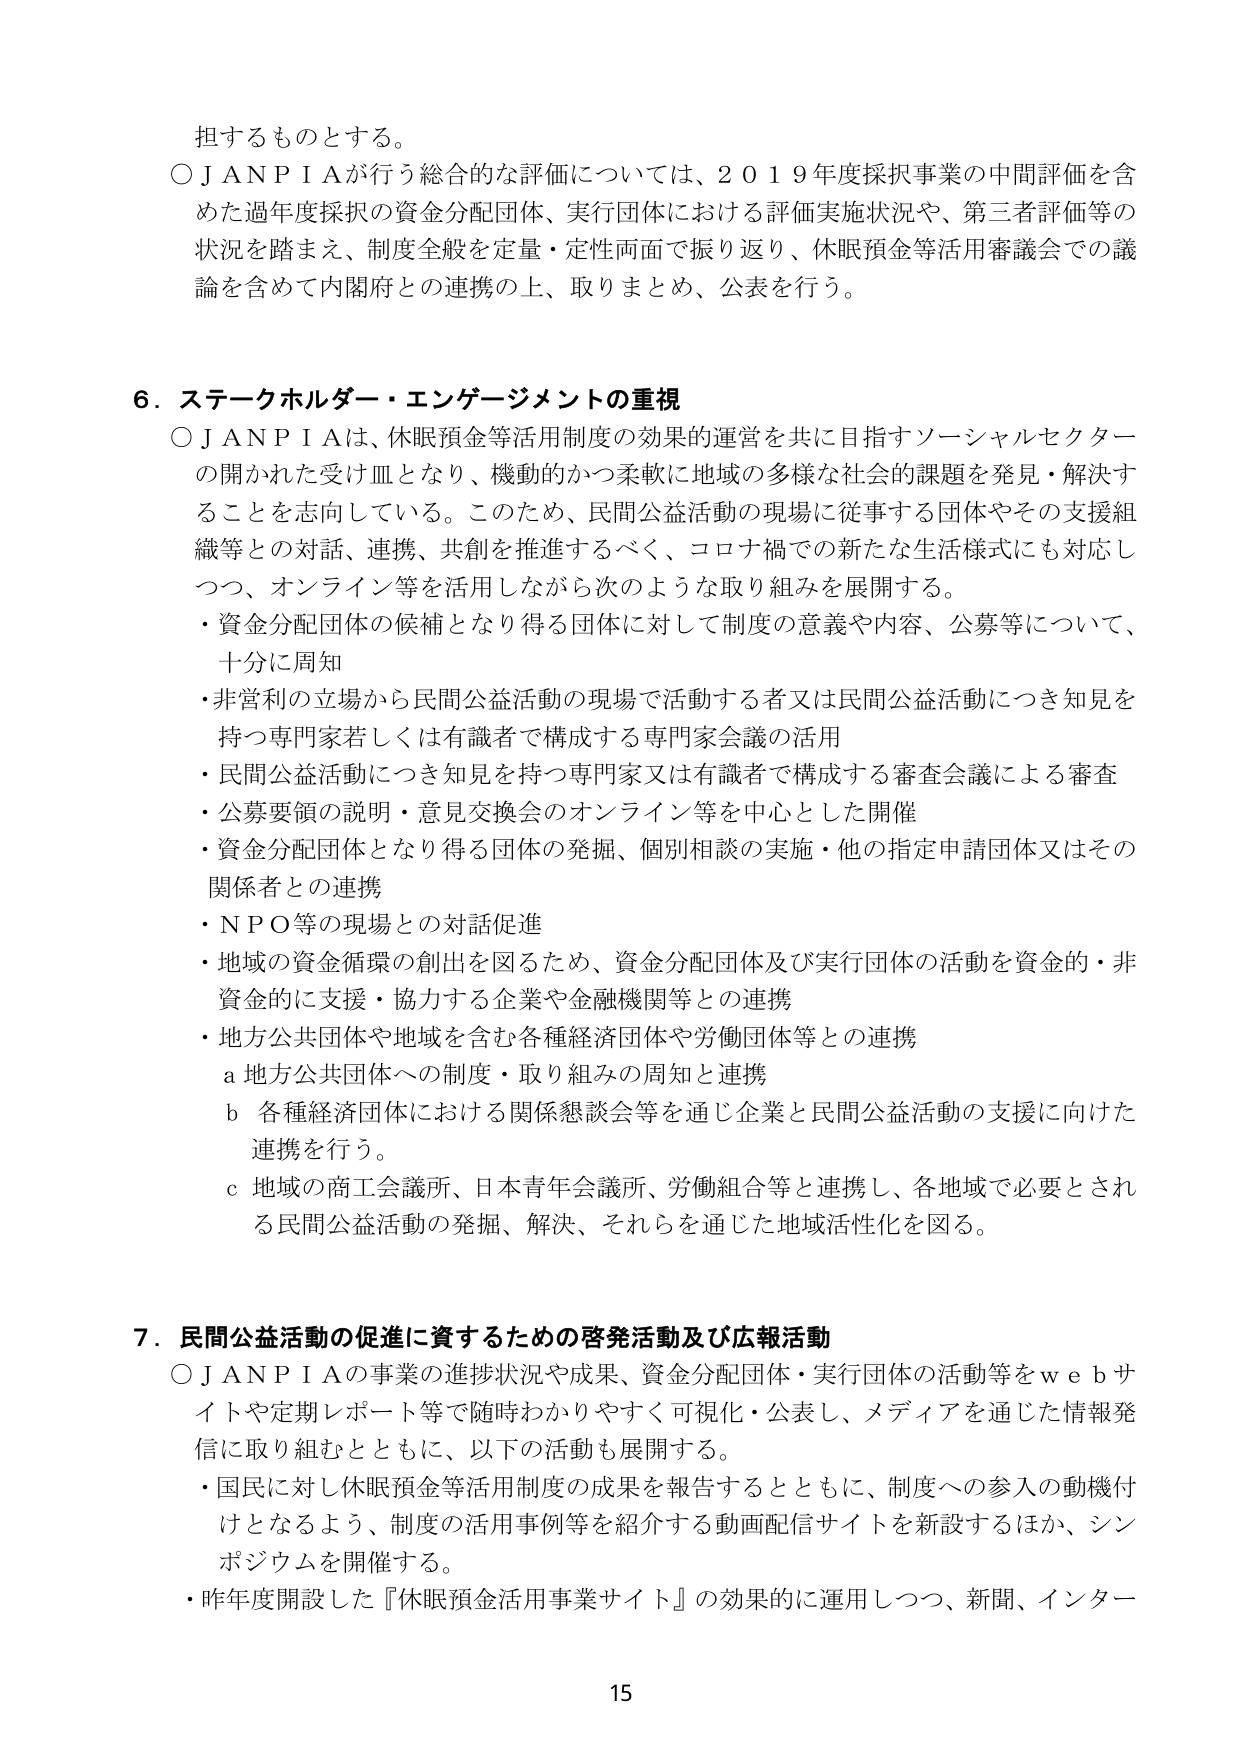
担するものとする。
○ＪＡＮＰＩＡが行う総合的な評価については、２０１９年度採択事業の中間評価を含めた過年度採択の資金分配団体、実行団体における評価実施状況や、第三者評価等の状況を踏まえ、制度全般を定量・定性両面で振り返り、休眠預金等活用審議会での議論を含めて内閣府との連携の上、取りまとめ、公表を行う。

６．ステークホルダー・エンゲージメントの重視
○ＪＡＮＰＩＡは、休眠預金等活用制度の効果的運営を共に目指すソーシャルセクターの開かれた受け皿となり、機動的かつ柔軟に地域の多様な社会的課題を発見・解決することを志向している。このため、民間公益活動の現場に従事する団体やその支援組織等との対話、連携、共創を推進するべく、コロナ禍での新たな生活様式にも対応しつつ、オンライン等を活用しながら次のような取り組みを展開する。
・資金分配団体の候補となり得る団体に対して制度の意義や内容、公募等について、十分に周知
・非営利の立場から民間公益活動の現場で活動する者又は民間公益活動につき知見を持つ専門家若しくは有識者で構成する専門家会議の活用
・民間公益活動につき知見を持つ専門家又は有識者で構成する審査会議による審査
・公募要領の説明・意見交換会のオンライン等を中心とした開催
・資金分配団体となり得る団体の発掘、個別相談の実施・他の指定申請団体又はその関係者との連携
・ＮＰＯ等の現場との対話促進
・地域の資金循環の創出を図るため、資金分配団体及び実行団体の活動を資金的・非資金的に支援・協力する企業や金融機関等との連携
・地方公共団体や地域を含む各種経済団体や労働団体等との連携
　ａ 地方公共団体への制度・取り組みの周知と連携
　ｂ 各種経済団体における関係懇談会等を通じ企業と民間公益活動の支援に向けた連携を行う。
　ｃ 地域の商工会議所、日本青年会議所、労働組合等と連携し、各地域で必要とされる民間公益活動の発掘、解決、それらを通じた地域活性化を図る。

７．民間公益活動の促進に資するための啓発活動及び広報活動
○ＪＡＮＰＩＡの事業の進捗状況や成果、資金分配団体・実行団体の活動等をｗｅｂサイトや定期レポート等で随時わかりやすく可視化・公表し、メディアを通じた情報発信に取り組むとともに、以下の活動も展開する。
・国民に対し休眠預金等活用制度の成果を報告するとともに、制度への参入の動機付けとなるよう、制度の活用事例等を紹介する動画配信サイトを新設するほか、シンポジウムを開催する。
・昨年度開設した『休眠預金活用事業サイト』の効果的に運用しつつ、新聞、インター

15